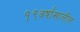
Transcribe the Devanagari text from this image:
१९वर्षांखालील